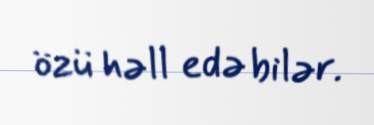
özü həll edə bilər.